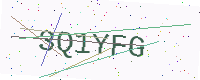
Text: 3Q1YFG